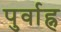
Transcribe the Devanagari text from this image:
पुर्वाह्न